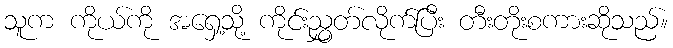
သူက ကိုယ်ကို အရှေ့သို့ ကိုင်းညွှတ်လိုက်ပြီး တီးတိုးစကားဆိုသည်။